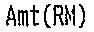
AMT(RM)